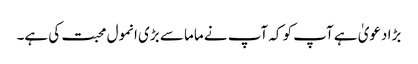
بڑا دعویٰ ہے آپ کو کہ آپ نے ماما سے بڑی انمول محبت کی ہے۔